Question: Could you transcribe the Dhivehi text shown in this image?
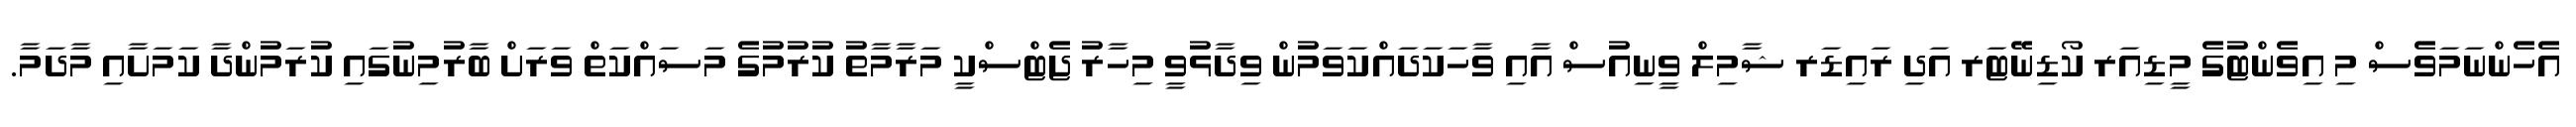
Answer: އެހެންނަމަވެސް މި އިވެންޓުގެ މީޑިއަރ ކޯޑިނޭޓަރ އަދި ރައިޑަރ ޝާމިލް ވީނިއުސް އާއި ވާހަކަދައްކަވަމުން ވިދާޅުވީ މިހާރު ޖެޓްސްކީ މަރާމާތު ކުރުމުގެ މަސައްކަތް ވަރަށް ބާރުމިނުގައި ކުރަމުންދާ ކަމަށާއި މާދަމާ.